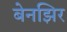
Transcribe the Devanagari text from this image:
बेनझिर